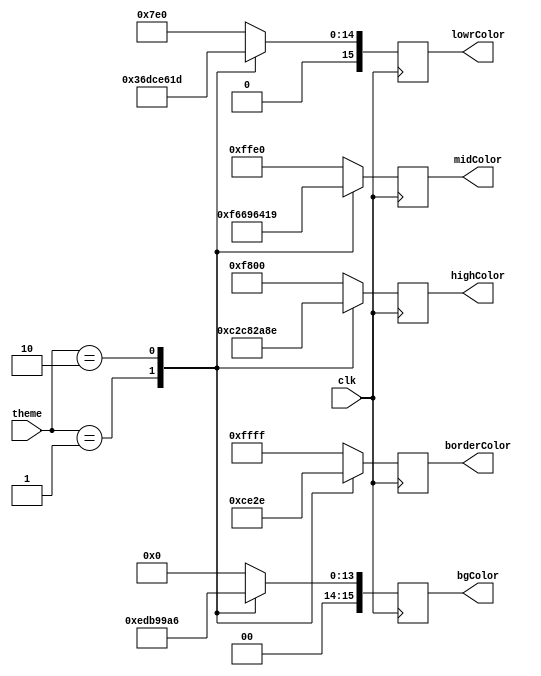
`timescale 1ns / 1ps

module themeManager(
    input clk,
    input [1:0] theme,
    output reg [15:0] borderColor, bgColor, lowrColor, midColor, highColor
    );
    localparam Black = 16'h0000;
    localparam White = 16'hFFFF;
    localparam Green = 16'h07E0;
    localparam Red = 16'hF800;
    localparam Yellow = 16'hFFE0;
    
    //Chagall theme
    localparam t1border = 16'h0000;
    localparam t1bg = 16'b00111_011011_01110;
    localparam t1low = 16'b01101_101101_11001;
    localparam t1mid = 16'b11110_110011_01001;
    localparam t1high = 16'b11000_010110_01000;
    
    //Van Gogh theme
    localparam t2border = 16'b11001_110001_01110;
    localparam t2bg = 16'b00011_001101_00110;
    localparam t2low = 16'b01100_110000_11101;
    localparam t2mid = 16'b01100_100000_11001;
    localparam t2high = 16'b00101_010100_01110;
    
    always @ (posedge clk) begin
        case(theme)
            2'b01:begin  // Chagall theme
                borderColor = t1border;
                bgColor = t1bg;
                lowrColor = t1low;
                midColor = t1mid;
                highColor = t1high;
            end
            2'b10:begin  // Van Gogh theme
                borderColor = t2border;
                bgColor = t2bg;
                lowrColor = t2low;
                midColor = t2mid;
                highColor = t2high;
            end
            default: begin // Default
                borderColor = White;
                bgColor = Black;
                lowrColor = Green;
                midColor = Yellow;
                highColor = Red;
            end
        endcase
                
    end
endmodule